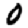
Digit: 0